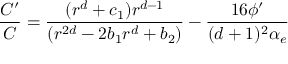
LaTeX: { \frac { C ^ { \prime } } { C } } = { \frac { ( r ^ { d } + c _ { 1 } ) r ^ { d - 1 } } { ( r ^ { 2 d } - 2 b _ { 1 } r ^ { d } + b _ { 2 } ) } } - { \frac { 1 6 \phi ^ { \prime } } { ( d + 1 ) ^ { 2 } \alpha _ { e } } }